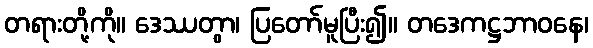
တရားတို့ကို။ ဒေဿတွာ၊ ပြတော်မူပြီး၍။ တဒေကဋ္ဌဘာဝနေ၊